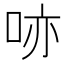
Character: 𠲔